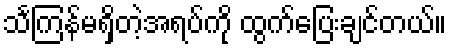
သင်္ကြန်မရှိတဲ့အရပ်ကို ထွက်ပြေးချင်တယ်။